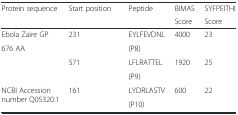
<table><thead><tr><td rowspan="2"><b>Protein sequence</b></td><td rowspan="2"><b>Start position</b></td><td rowspan="2"><b>Peptide</b></td><td><b>BIMAS</b></td><td><b>SYFPEITHI</b></td></tr><tr><td><b>Score</b></td><td><b>Score</b></td></tr></thead><tbody><tr><td>Ebola Zaire GP</td><td rowspan="2">231</td><td>EYLFEVDNL</td><td rowspan="2">4000</td><td rowspan="2">23</td></tr><tr><td>676 AA</td><td>(P8)</td></tr><tr><td rowspan="2"></td><td rowspan="2">571</td><td>LFLRATTEL</td><td rowspan="2">1920</td><td rowspan="2">25</td></tr><tr><td>(P9)</td></tr><tr><td rowspan="2">NCBI Accession number Q05320.1</td><td rowspan="2">161</td><td>LYDRLASTV</td><td rowspan="2">600</td><td rowspan="2">22</td></tr><tr><td>(P10)</td></tr></tbody></table>